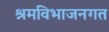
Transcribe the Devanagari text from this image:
श्रमविभाजनगत